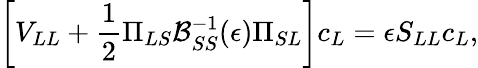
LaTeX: \left[V_{LL}+\frac{1}{2}\Pi_{LS}\mathcal{B}_{SS}^{-1}(\epsilon)\Pi_{SL}\right]c_{L}=\epsilon S_{LL}c_{L},